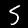
Label: 5